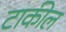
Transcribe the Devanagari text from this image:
टाकील